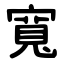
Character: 寬